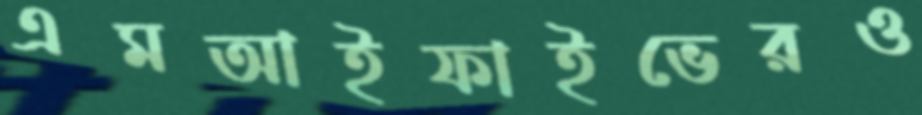
এমআইফাইভেরও